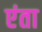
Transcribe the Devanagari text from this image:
एंता